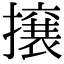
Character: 𭢯